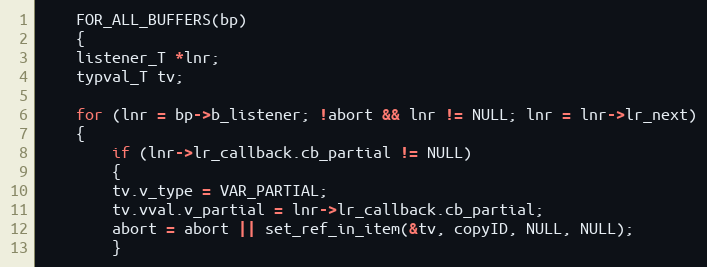
Language: C
    FOR_ALL_BUFFERS(bp)
    {
	listener_T *lnr;
	typval_T tv;

	for (lnr = bp->b_listener; !abort && lnr != NULL; lnr = lnr->lr_next)
	{
	    if (lnr->lr_callback.cb_partial != NULL)
	    {
		tv.v_type = VAR_PARTIAL;
		tv.vval.v_partial = lnr->lr_callback.cb_partial;
		abort = abort || set_ref_in_item(&tv, copyID, NULL, NULL);
	    }